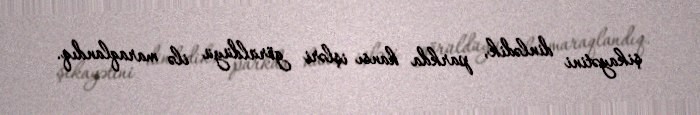
şikayətini dinlədik, parkda hansı işləri görüldüyü ilə maraqlandıq.